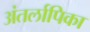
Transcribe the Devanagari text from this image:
अंतर्लापिका